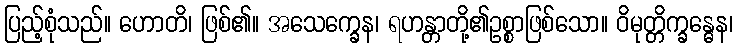
ပြည့်စုံသည်။ ဟောတိ၊ ဖြစ်၏။ အသေက္ခေန၊ ရဟန္တာတို့၏ဥစ္စာဖြစ်သော။ ဝိမုတ္တိက္ခန္ဓေန၊